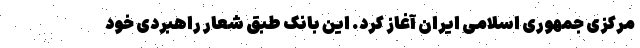
مرکزی جمهوری اسلامی ایران آغاز کرد. این بانک طبق شعار راهبردی خود